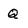
Character: Q